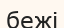
бежі